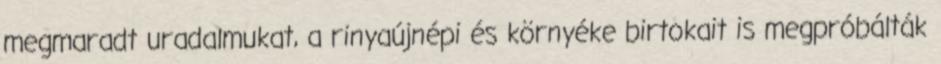
megmaradt uradalmukat, a rinyaújnépi és környéke birtokait is megpróbálták